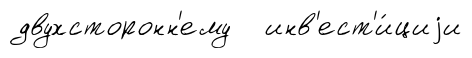
двухсторонн'ему инв'ест'и́циjи